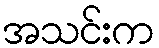
အသင်းက